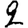
Digit: 2